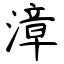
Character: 漳